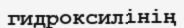
гидроксилінің